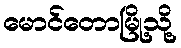
မောင်တောမြို့သို့